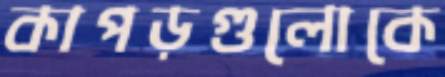
কাপড়গুলোকে